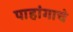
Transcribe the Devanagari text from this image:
पाहांगाचे